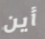
أين